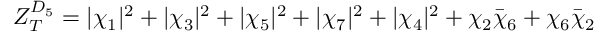
Z _ { T } ^ { D _ { 5 } } = | \chi _ { 1 } | ^ { 2 } + | \chi _ { 3 } | ^ { 2 } + | \chi _ { 5 } | ^ { 2 } + | \chi _ { 7 } | ^ { 2 } + | \chi _ { 4 } | ^ { 2 } + \chi _ { 2 } { \bar { \chi } _ { 6 } } + \chi _ { 6 } { \bar { \chi } _ { 2 } } \quad